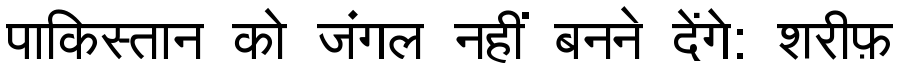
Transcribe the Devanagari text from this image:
पाकिस्तान को जंगल नहीं बनने देंगे: शरीफ़